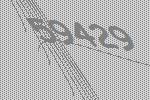
59429